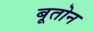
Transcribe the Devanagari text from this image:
बूतोन